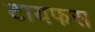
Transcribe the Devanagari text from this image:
टायफस